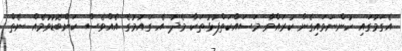
އެގަމުގައި ހުންނަވައިގެން ކުރައްވާ މަސައްކަތްޕުޅުތަކާ މެދު އެ ގައުމުގެ އެއްވެސް ކަންބޮޑުވުމެއް ނެތް